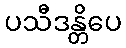
ပသီဒန္တိပေ